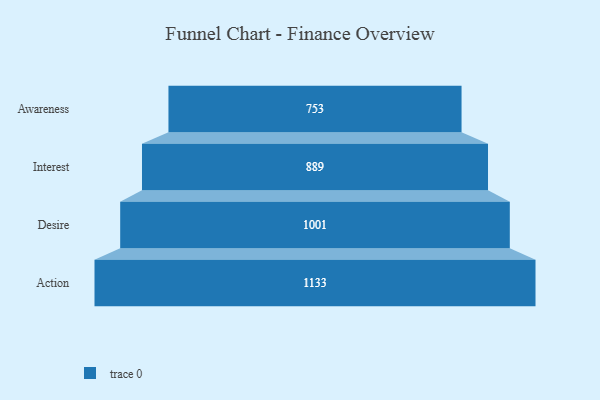
{"axis": {"x": "Stage", "y": "Value"}, "legend": [""], "data": [{"x": "Awareness", "y": 753.0, "type": ""}, {"x": "Interest", "y": 889.0, "type": ""}, {"x": "Desire", "y": 1001.0, "type": ""}, {"x": "Action", "y": 1133.0, "type": ""}]}